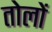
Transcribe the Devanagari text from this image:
तोलों